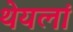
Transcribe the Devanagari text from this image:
थेयलां